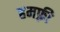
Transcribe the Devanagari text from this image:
हमफ़्री